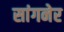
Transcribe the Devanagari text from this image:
सांगनेर